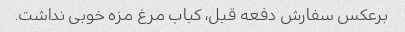
برعکس سفارش دفعه قبل، کباب مرغ مزه خوبی نداشت.